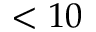
< 1 0